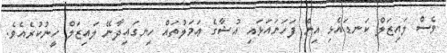
ވެސް ލައިޒަލް ކަނޑައެޅި އިން ފަހަނައަޅައި އުޝާގެ ޢަމަލުތައް ހިނގައިދާނޭ ލައިޒަލް ހީނުކުރެއެވެ.